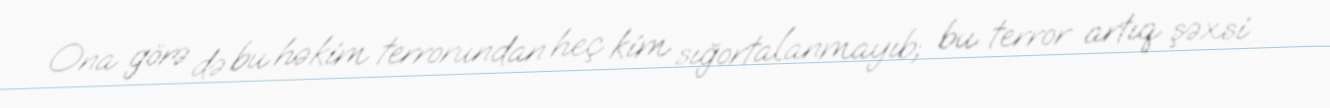
Ona görə də bu həkim terrorundan heç kim sığortalanmayıb; bu terror artıq şəxsi